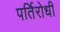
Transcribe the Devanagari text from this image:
पर्तिरोधी